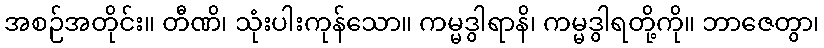
အစဉ်အတိုင်း။ တီဏိ၊ သုံးပါးကုန်သော။ ကမ္မဒွါရာနိ၊ ကမ္မဒွါရတို့ကို။ ဘာဇေတွာ၊